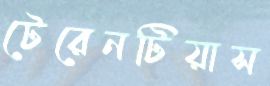
টেরেনটিয়াস